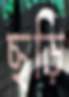
ছড়ি